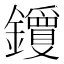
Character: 𬬝